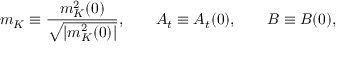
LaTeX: m _ { K } \equiv { \frac { m _ { K } ^ { 2 } ( 0 ) } { \sqrt { | m _ { K } ^ { 2 } ( 0 ) | } } } , \; \; \; \; \; \; \; A _ { t } \equiv A _ { t } ( 0 ) , \; \; \; \; \; \; \; B \equiv B ( 0 ) ,